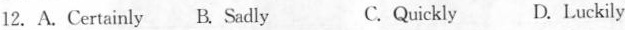
12.A.Certainly B.Sadly C.Quickly D.Luckily